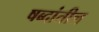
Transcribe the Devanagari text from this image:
षब्दांतील